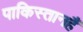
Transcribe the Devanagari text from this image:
पाकिस्तानहैं